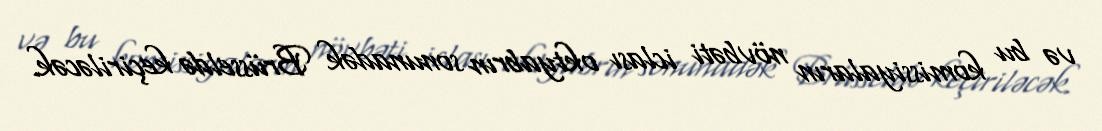
və bu komissiyaların növbəti iclası oktyabrın sonunadək Brüsseldə keçiriləcək.